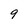
Character: 9